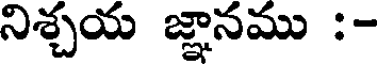
నిశ్చయ జ్ఞానము :-